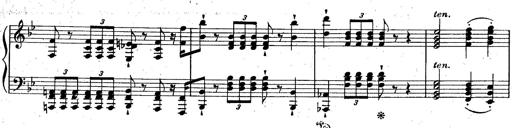
Title: La Marseillaise
Composer: Franz Liszt
Key: B-flat major